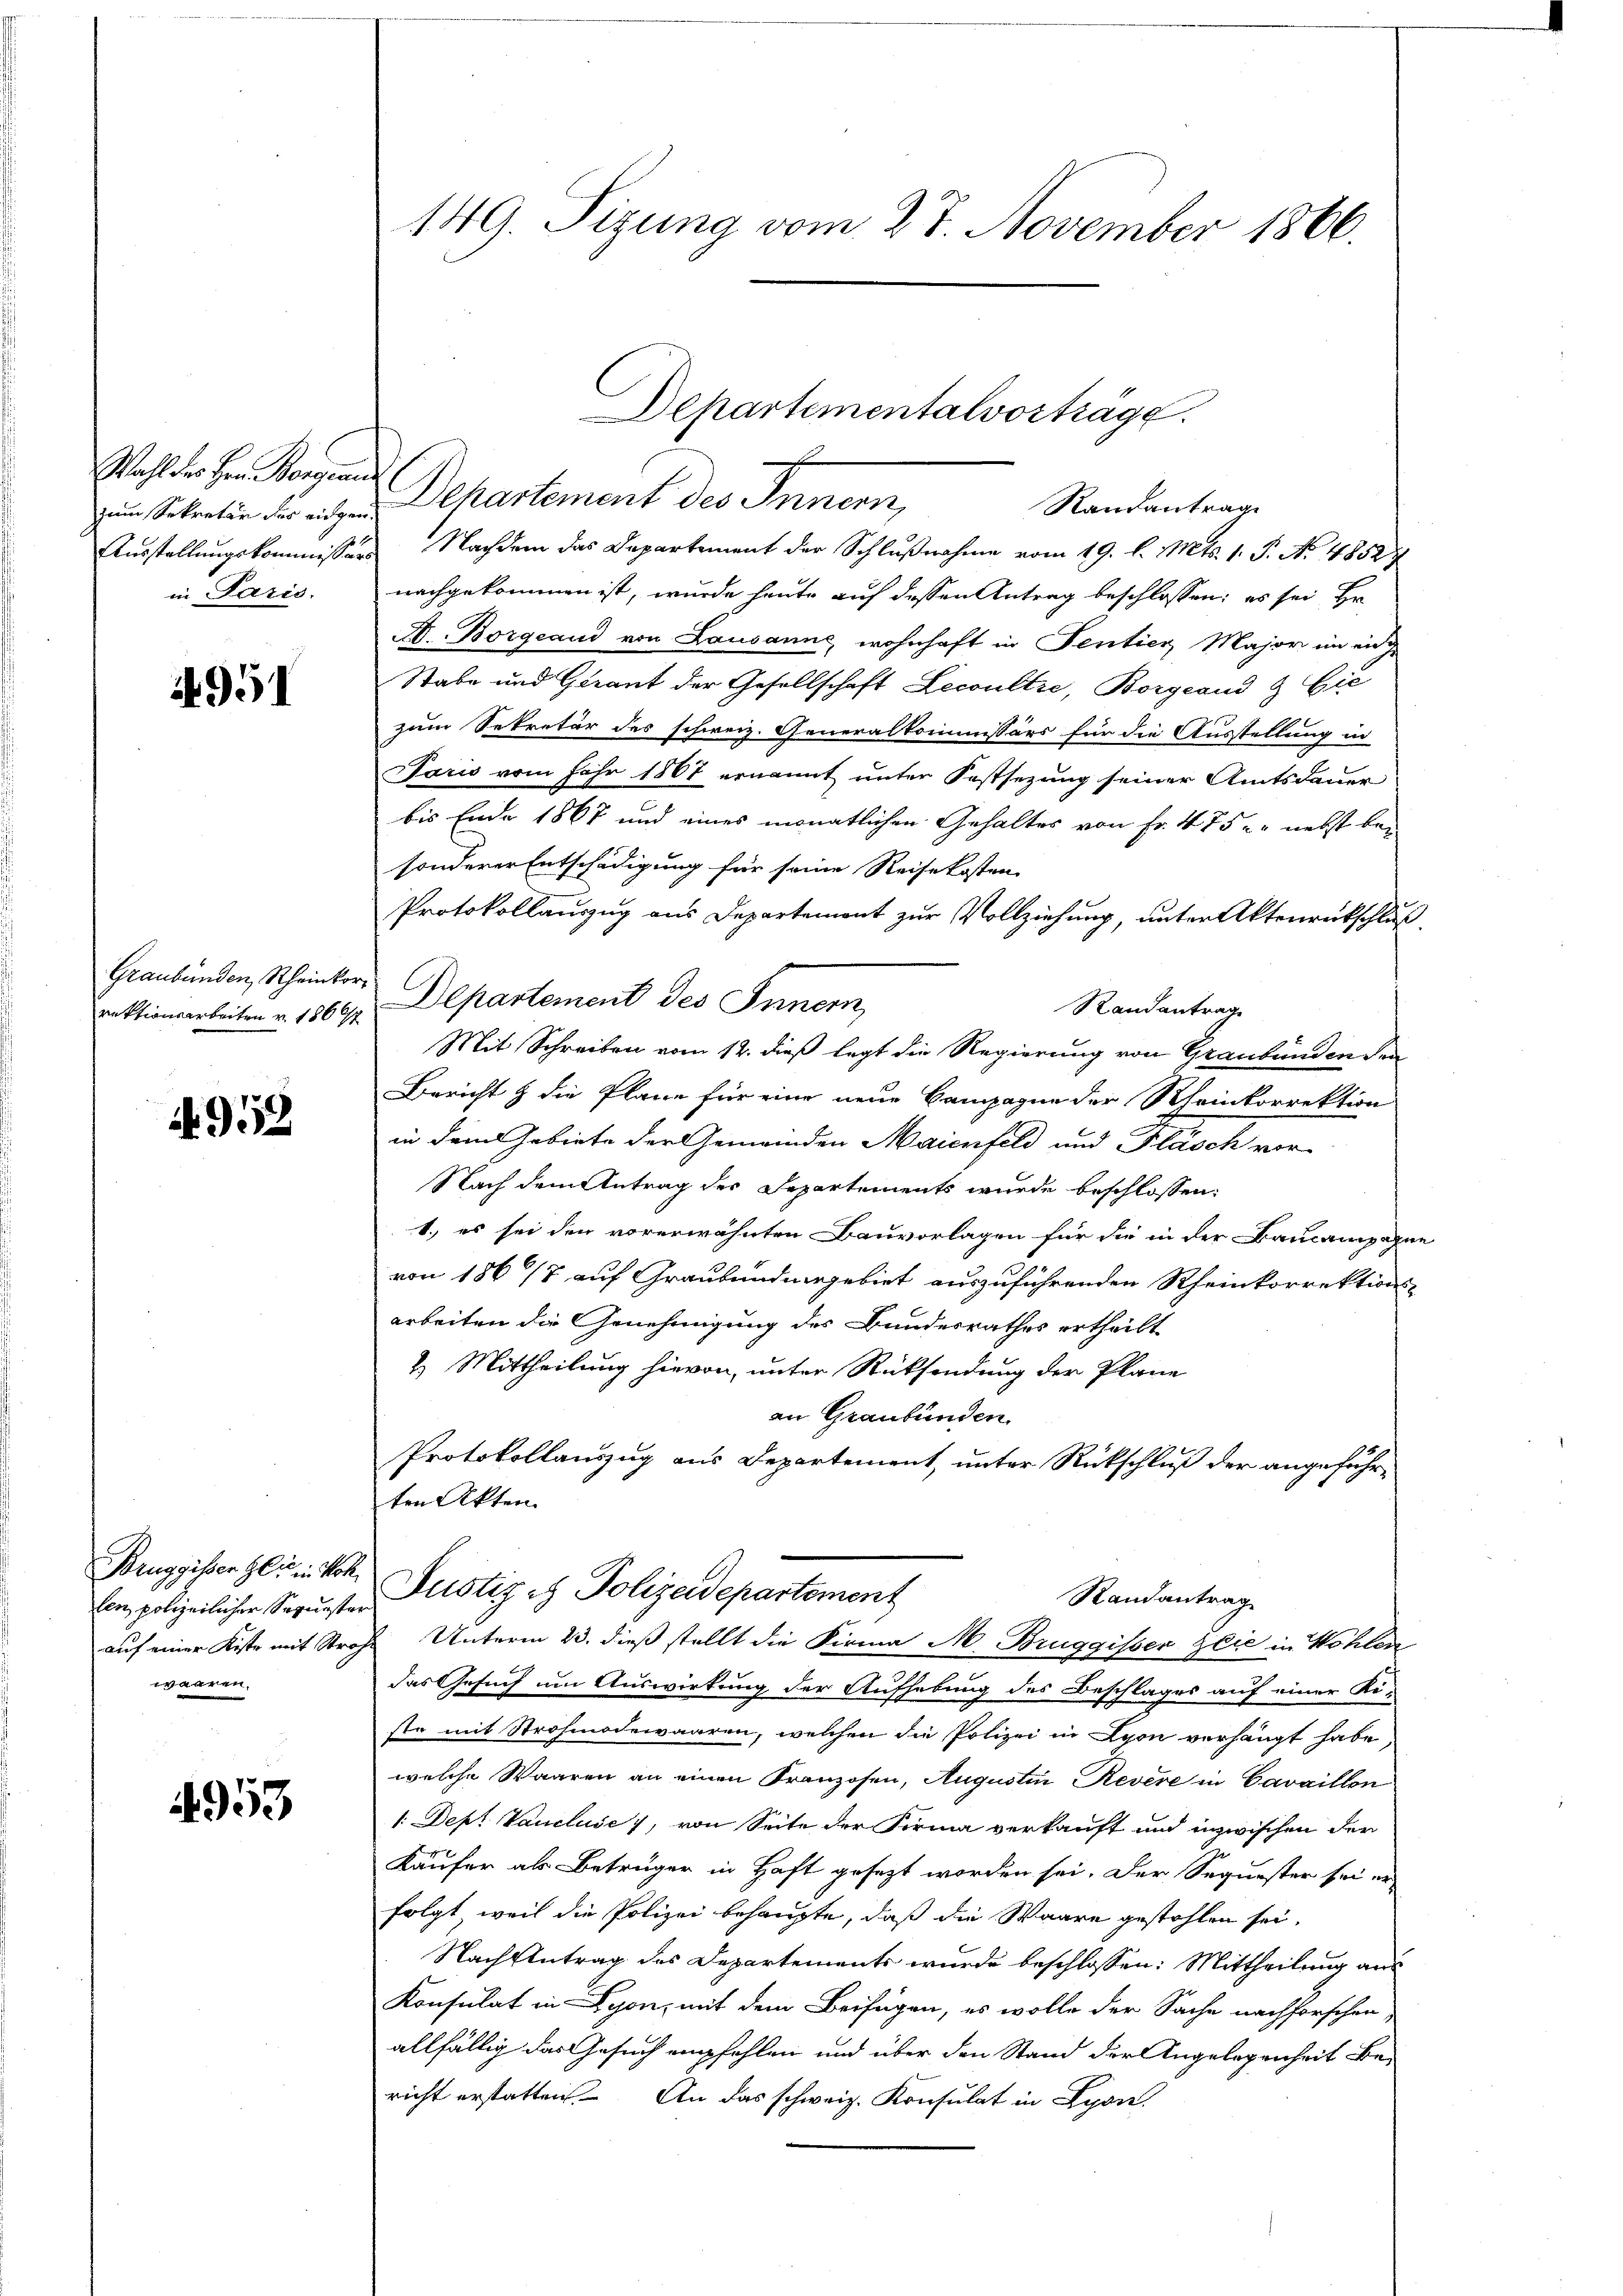
Wahl der Herr Bogenen
in Paris.

951

Graubünden, Rheinkorrektionsarbeiten v. 1860

4952

Bruggissen Gli in Koh
waaren.

4953

149. Sizung vom 27. November 1866.

zum Sekratur der eigen Departement des Innern,
Randantrag
Ausstellungskommissärs Nachdem das Departement der Schlußnahme vom 19. l. Mts. 1. P. No 4852/
nachgekommen ist, wurde heute auf dessen Antrag beschlossen; es sei Hr.
A. Borgeaud von Lausanne, wohnhaft in Sentier Major in en
Stabe und Gerant der Gesellschaft Lecoultre, Borgeand & Cie
zum Sekretär des schweiz. Generalkommissärs für die Ausstellung in
Paris vom Jahr 1867 ernannt unter Festsezung seiner Amtsdauer
bis Ende 1867 und eines monatlichen Gehaltes von Fr. 475. nebst bei
sonderer Entschädigung für seine Reisekosten
Protokollauszug aus Departemont zur Vollziehung, unter Aktenrückschluß
Departement des Innern,
Randantrag
Mit Schreiben vom 12. dieß legt die Regierung von Graubünden den
Bericht & die Pläne für eine neue Bampagne der Rheinkorrektion
in dem Gebiete der Gemeinden Maienfeld und Flasch vor-
Nach dem Antrag des Departements wurde beschlossen:
1.) es sei den vorerwähnten Bauvorlagen für die in der Baucampagne
von 1862 auf Graubündnegebiet auszuführenden Rheinkorrektions-
arbeiten die Genehmigung des Bundesrathes ertheilt
2. Mittheilung hievon, unter Rücksendung der Plane
an Graubünden
Protokollauszug aus Departement, unter Rückschluß der angeführten Akten.
Ein, polizeilicher Sepurster Justiz et Polizeidepartement
Randantrag
auf einer Kiste mit Strohe Unterm 23. dieß stellt die Firma M. Bruggisser Glie in Wohlen
das Gesuch um Auswirkung der Aufhebung des Beschlages auf einer Ki-
ste mit Strohmnodewaaren, welchen die Polizei in Lyon verhängt habe,
welche Waaren an einen Franzosen, Augustin Revere in Cavaillon
1. Dep. Vaucluse, von Seite der Firma verkauft und inzwischen der
Käufer als Betrüger in Haft gesezt worden sei. Der Sequester sei er
folgt, weil die Polizei behaupte, daß die Waare gestohlen sei.
Nach Antrag des Departements wurde beschlossen: Mittheilung aus
Konsulat in Lyon, mit dem Beifügen, es wolle der Sache nachforschen,
allfällig das Gesuch empfehlen und über den Stand der Angelegenheit be-
richt erstatten. An das schweiz. Konsulat in Lyon

Departementalvorträge.